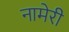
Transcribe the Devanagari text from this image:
नामेरी